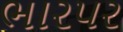
ભારપર